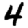
Digit: 4